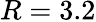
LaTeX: R=3.2